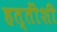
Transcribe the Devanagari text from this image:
हत्तींशी